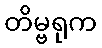
တိမ္ဗရုက